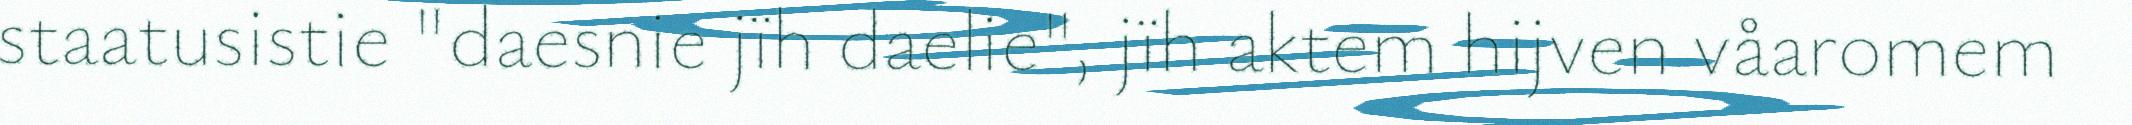
staatusistie "daesnie jïh daelie", jïh aktem hijven våaromem